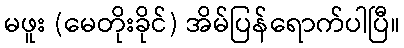
မဖူး (မေတိုးခိုင်) အိမ်ပြန်ရောက်ပါပြီ။